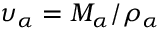
\upsilon _ { \alpha } = M _ { \alpha } / \rho _ { \alpha }